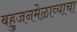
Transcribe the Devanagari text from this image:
बहुजनमेळाव्याचा